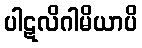
ပါဋလိဂါမိယာပိ